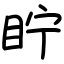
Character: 眝